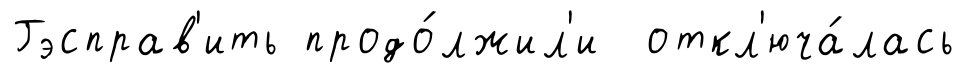
Гэсправ'ить продо́лжил'и откл'юча́лась